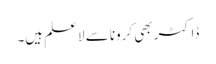
ڈاکٹر بھی کرونا سے لاعلم ہیں۔